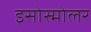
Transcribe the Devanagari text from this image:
इसोस्मोलर